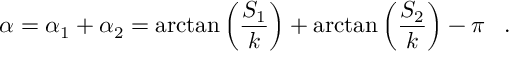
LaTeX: \alpha = \alpha _ { 1 } + \alpha _ { 2 } = \arctan \left( \frac { S _ { 1 } } k \right) + \arctan \left( \frac { S _ { 2 } } k \right) - \pi \, \ \ .